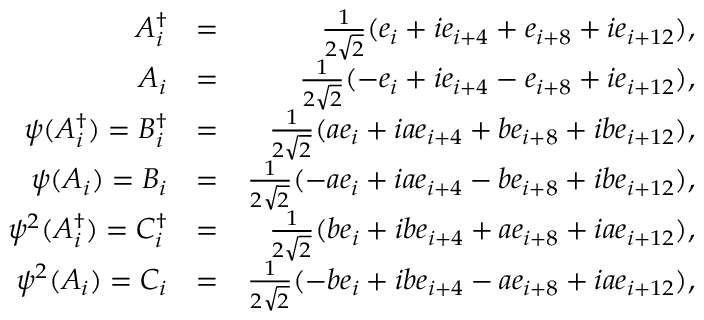
\begin{array} { r l r } { A _ { i } ^ { \dagger } } & { = } & { \frac { 1 } { 2 \sqrt { 2 } } ( e _ { i } + i e _ { i + 4 } + e _ { i + 8 } + i e _ { i + 1 2 } ) , } \\ { A _ { i } } & { = } & { \frac { 1 } { 2 \sqrt { 2 } } ( - e _ { i } + i e _ { i + 4 } - e _ { i + 8 } + i e _ { i + 1 2 } ) , } \\ { \psi ( A _ { i } ^ { \dagger } ) = B _ { i } ^ { \dagger } } & { = } & { \frac { 1 } { 2 \sqrt { 2 } } ( a e _ { i } + i a e _ { i + 4 } + b e _ { i + 8 } + i b e _ { i + 1 2 } ) , } \\ { \psi ( A _ { i } ) = B _ { i } } & { = } & { \frac { 1 } { 2 \sqrt { 2 } } ( - a e _ { i } + i a e _ { i + 4 } - b e _ { i + 8 } + i b e _ { i + 1 2 } ) , } \\ { \psi ^ { 2 } ( A _ { i } ^ { \dagger } ) = C _ { i } ^ { \dagger } } & { = } & { \frac { 1 } { 2 \sqrt { 2 } } ( b e _ { i } + i b e _ { i + 4 } + a e _ { i + 8 } + i a e _ { i + 1 2 } ) , } \\ { \psi ^ { 2 } ( A _ { i } ) = C _ { i } } & { = } & { \frac { 1 } { 2 \sqrt { 2 } } ( - b e _ { i } + i b e _ { i + 4 } - a e _ { i + 8 } + i a e _ { i + 1 2 } ) , } \end{array}